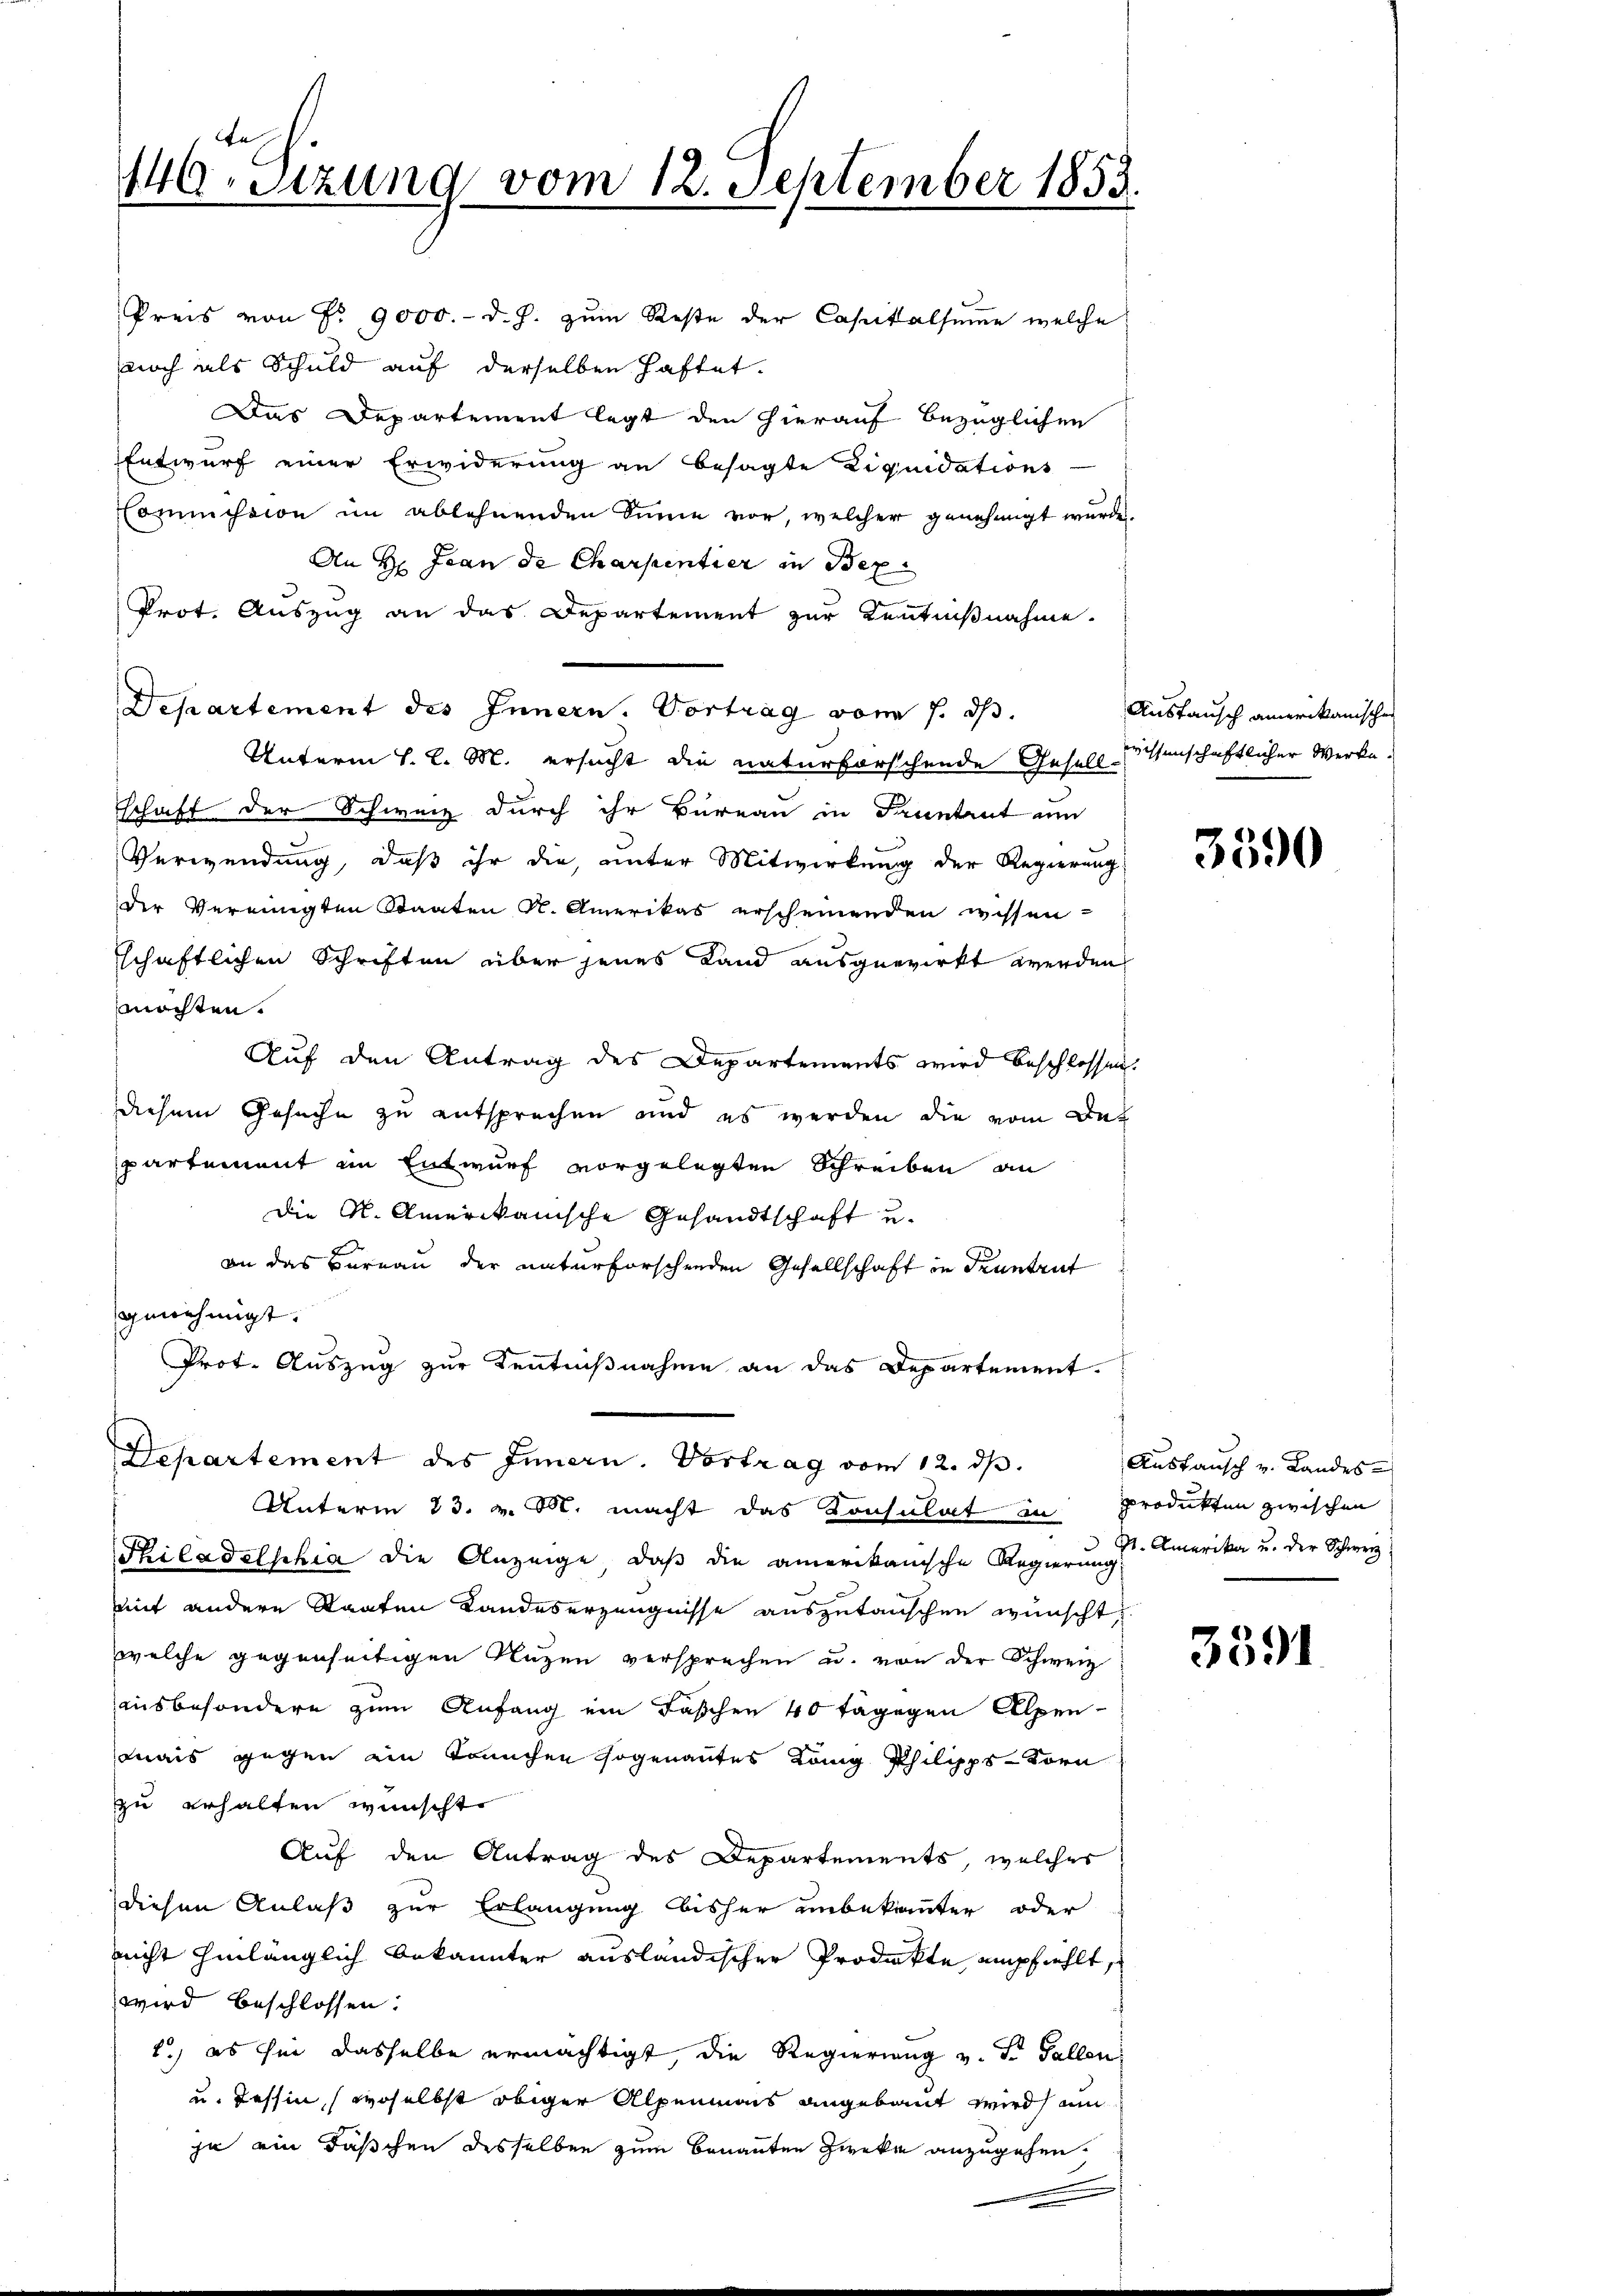
n
140 Stzung vom 12. September 1853.

Preis von Nr. 9000.- d. J. zum Reste der Capitalsumme welche
noch als Schuld auf derselben haftet.
Das Departement legt den hierauf bezüglichen
Entwurf einer Erwiderung an besagte Liquidations
Kommission im ablehnenden Sinne vor, welcher genehmigt wurde.
An H: Frau de Charpentier in Bex
Prot. Auszug an das Departement zur Kenntnißnahme.
Unterm H. L. M. ersucht die naturforschende Gesellenschaftlicher Werke.
schaft der Schweiz durch ihr Büreau in Frantant am
Verwendung, daß ihr die, unter Mitwirkung der Regierung
der Vereinigten Staaten N. Amerikas erscheinenden wissen-
schaftlichen Schriften über jenes Land ausgewirkt werden,
möchten.
Auf den Antrag des Departements wird beschlossen.
diesem Gesuche zu entsprechen und es werden die vom Dat
partement im Entwurf vorgelegten Schreiben an
die A. Amerikanische Gesandtschaft u.
an das Barnau der naturforschenden Gesellschaft in druntrut
genehmigt.
Prot. Auszug zur Kentnißnahme an das Departement.
Departement des Innern. Vortrag vom 12. dβ.
Unterm 23. v. M. macht das Konsulat in produkten zwischen
Philadelphia die Anzeige, daß die amerikanische Regierung
mit andere Staaten Landeserzeugnisse auszutauschen wünscht,
welche gegenseitigen Nuzen versprechen u. von der Schweiz
ausbesondere zum Anfang ein Faschen 40 tagegen Alpen-
mais gegen ein Kranchen sogenantes König. Philipps-Forn
zu erhalten wünscht.
Auf den Antrag des Departements, welches
diesen Anlaß zur Erlangung bisher unbekannter oder
nicht hinlänglich bekannter ausländischer Produkte empfiehlt,
wird beschlossen:
2) es sei dasselbe ermächtigt, die Regierung v. St. Gallen
u. Tessin, (woselbst obiger Alpenmeis angebaut wird ein
je ein Täschen desselben zum benannten Zwecke anzugehen.
.

Departement des Innern. Vortrag vom 7. ds.

Austausch amerikanischen

3590

Austausch v. Landes-
S. Amerika u. der Schwerz

3391